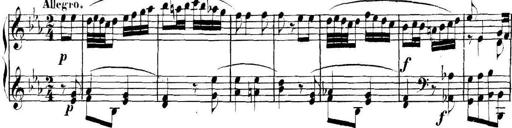
Title: Collected Piano Sonatas
Composer: Muzio Clementi